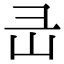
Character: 㞪